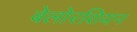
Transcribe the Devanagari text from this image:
बेलोरशियन